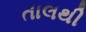
તાલથી